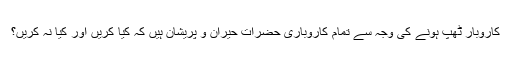
کاروبار ٹھپ ہونے کی وجہ سے تمام کاروباری حضرات حیران و پریشان ہیں کہ کیا کریں اور کیا نہ کریں؟